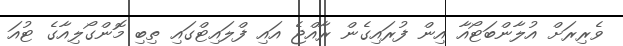
ވެރިރަށް އުލާންބަޓޯއާ އިން ފުރައިގެން ރާއްޖެ އައި ފްލައިޓްގައި ތިބި މޮންގޯލިއާގެ ޓުއަ